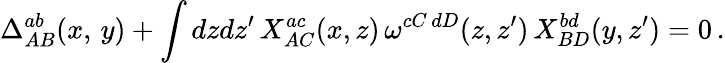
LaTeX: \Delta_{AB}^{ab}(x,\, y)+\int dzdz^{\prime}\, X_{AC}^{ac}(x,z)\, \omega^{cC\, dD}(z,z^{\prime})\, X_{BD}^{bd}(y,z^{\prime})=0\, .